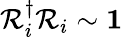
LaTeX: \mathcal{R}_{i}^{\dagger}\mathcal{R}_{i}\sim\mathbf{1}